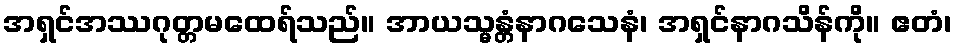
အရှင်အဿဂုတ္တမထေရ်သည်။ အာယသ္မန္တံနာဂသေနံ၊ အရှင်နာဂသိန်ကို။ ဧတံ၊